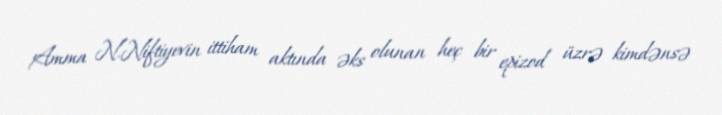
Amma N.Niftiyevin ittiham aktında əks olunan heç bir epizod üzrə kimdənsə